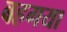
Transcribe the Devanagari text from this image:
बहगया